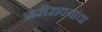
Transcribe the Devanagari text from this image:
शरीरावयांचा